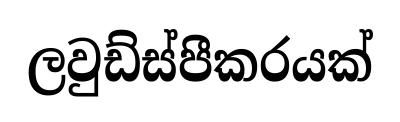
ලවුඩ්ස්පීකරයක්